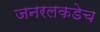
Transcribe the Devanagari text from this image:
जनरलकडेच